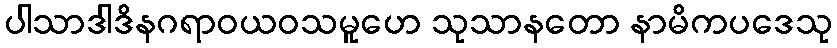
ပါသာဒါဒိနဂရာဝယဝသမူဟေ သုသာနတော နာမိကပဒေသု